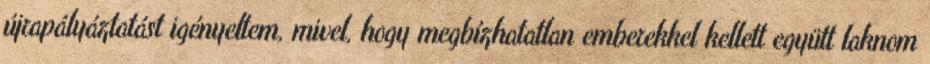
újrapályáztatást igényeltem, mivel, hogy megbízhatatlan emberekkel kellett együtt laknom